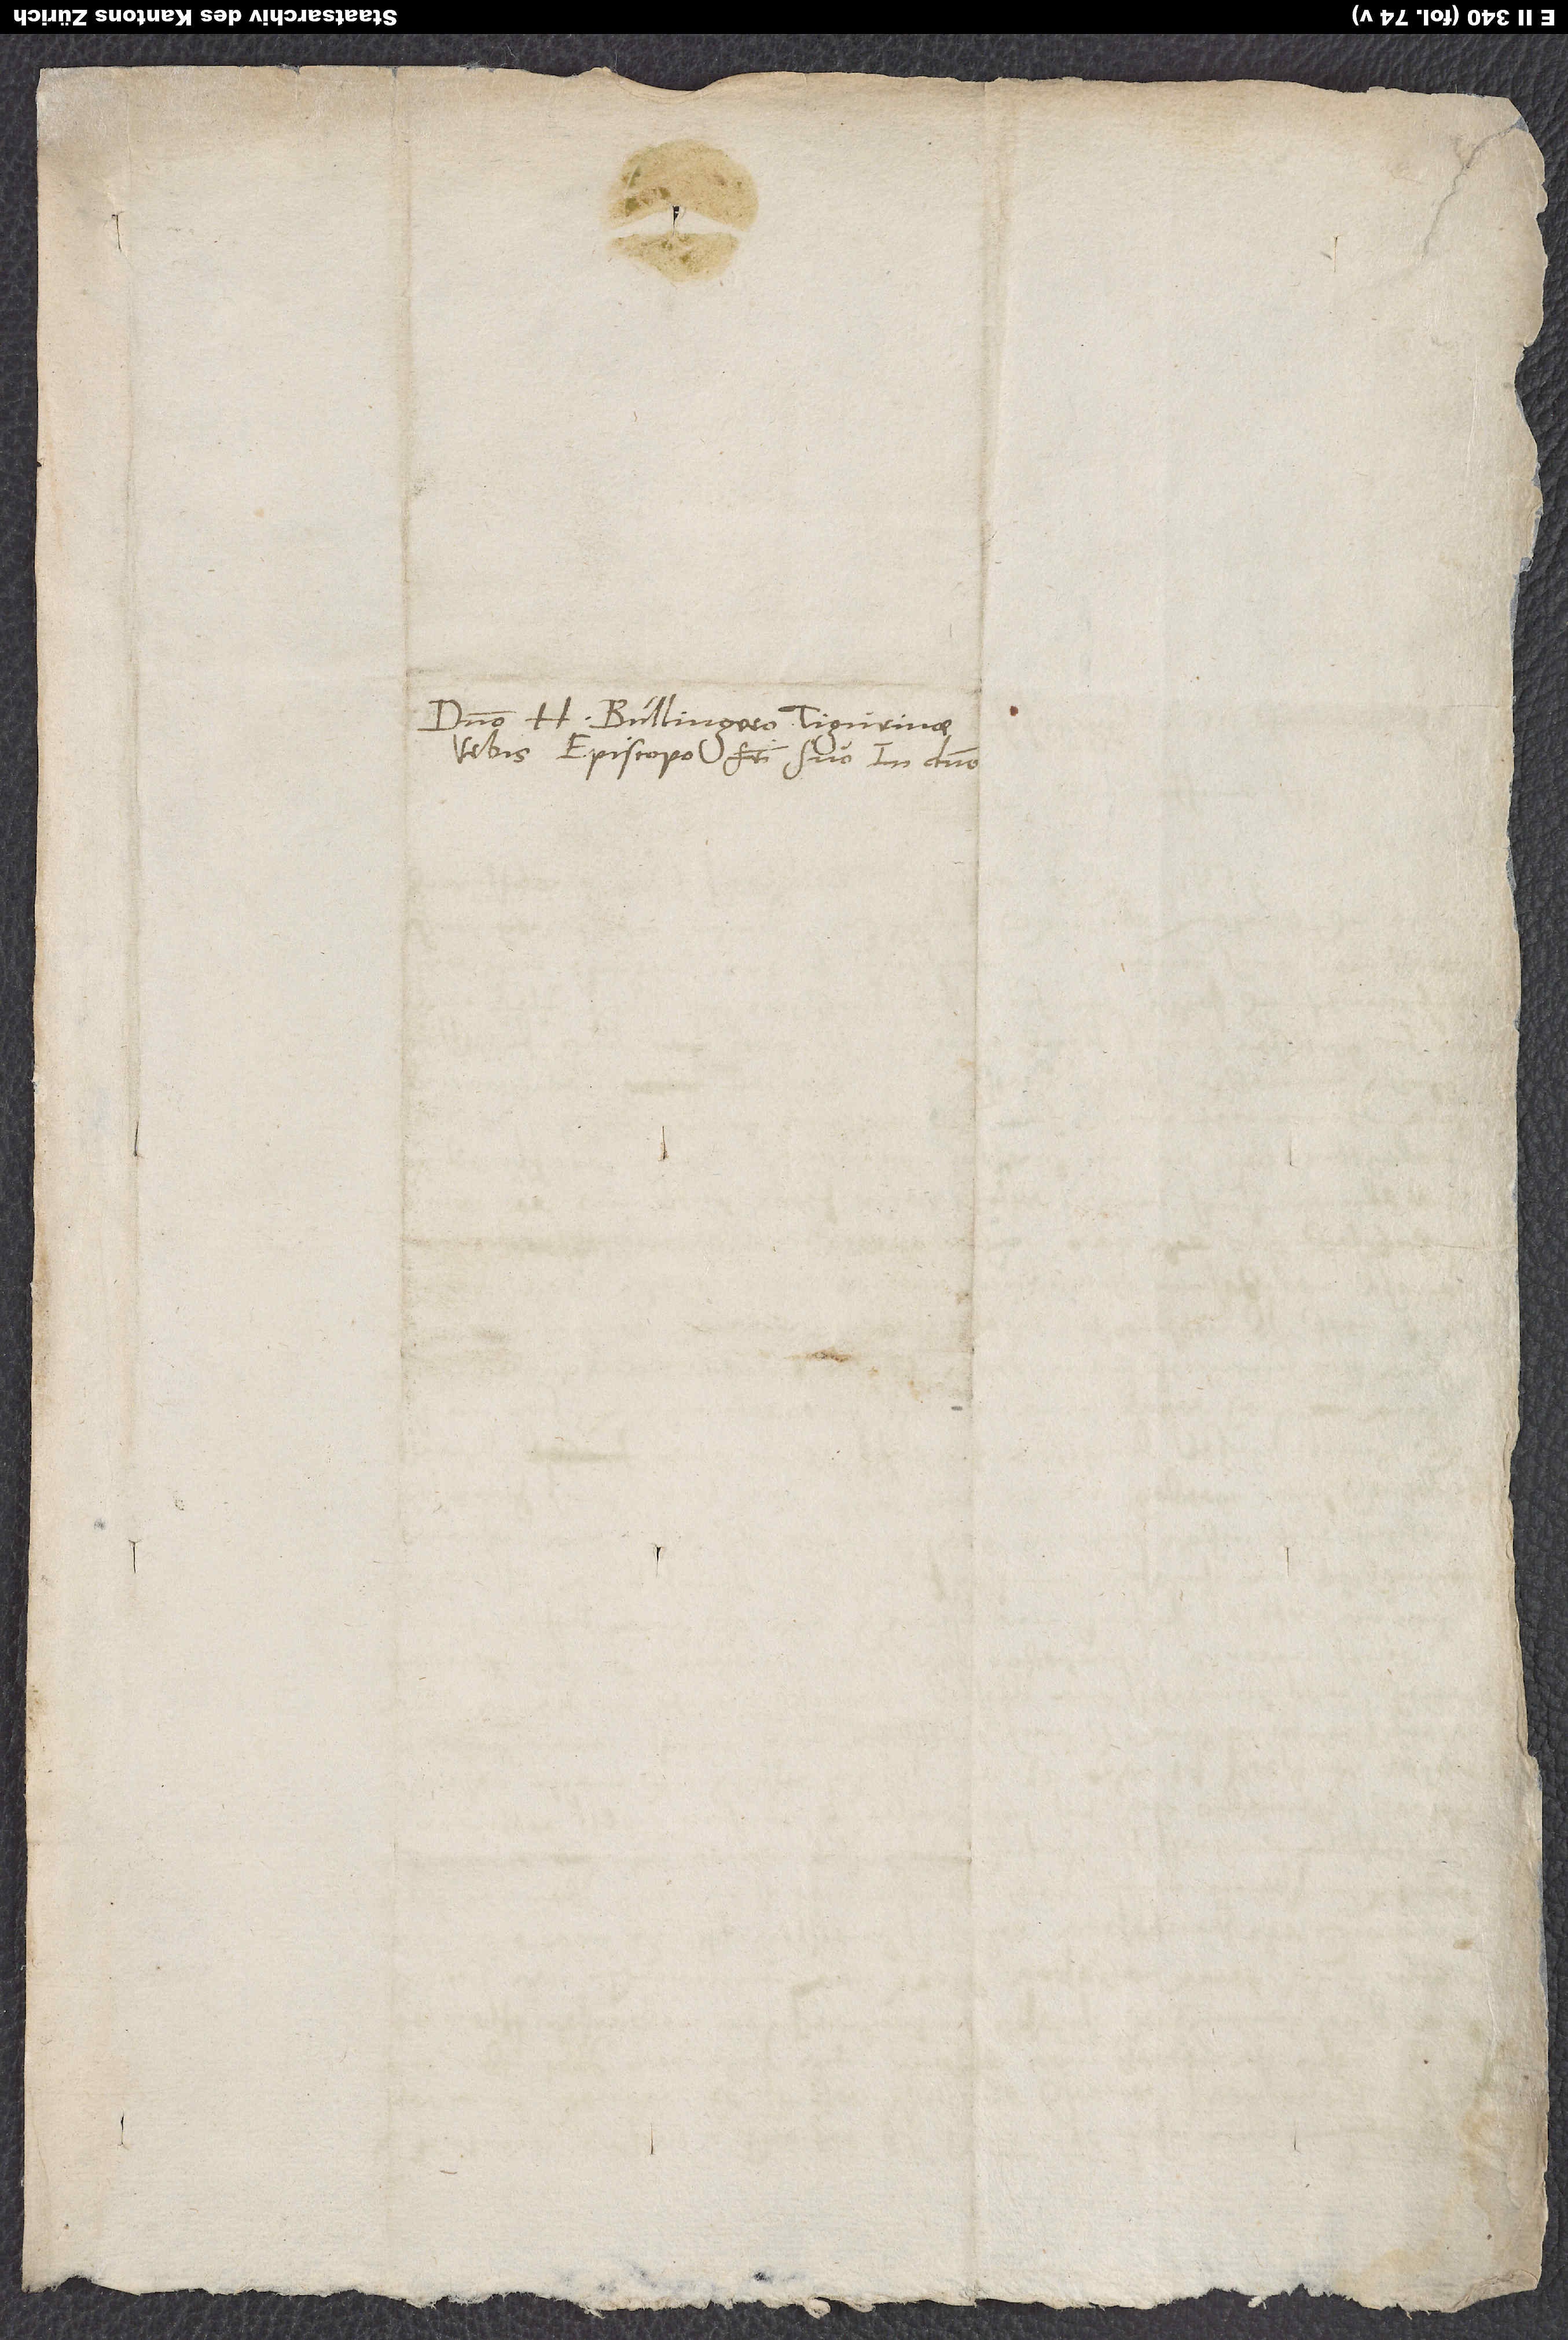
Domino H. Bullingero, Tigurinae
urbis episcopo, fratri suo in domino.